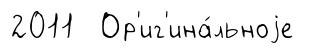
2011 Ор'иг'ина́льноjе